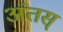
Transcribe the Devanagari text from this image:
अंतस्